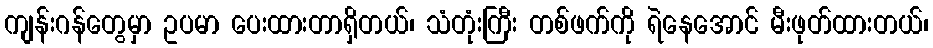
ကျန်းဂန်တွေမှာ ဥပမာ ပေးထားတာရှိတယ်၊ သံတုံးကြီး တစ်ဖက်ကို ရဲနေအောင် မီးဖုတ်ထားတယ်၊